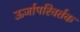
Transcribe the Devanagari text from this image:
ऊर्जापरिवर्तक